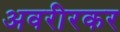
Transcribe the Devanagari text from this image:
अवरीरकर